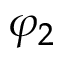
\varphi _ { 2 }